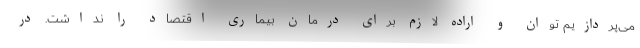
می‌پردازیم توان و اراده لازم برای درمان بیماری اقتصاد را نداشت. در